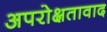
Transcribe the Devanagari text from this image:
अपरोक्षतावाद